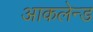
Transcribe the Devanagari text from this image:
आकलेन्ड